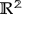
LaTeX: \mathbb { R ^ { 2 } }